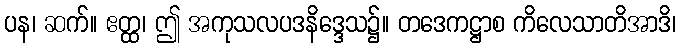
ပန၊ ဆက်။ ဧတ္ထ၊ ဤ အကုသလပဒနိဒ္ဒေသ၌။ တဒေကဋ္ဌာစ ကိလေသာတိအာဒိ၊